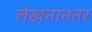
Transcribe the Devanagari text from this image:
लेखनानंतर